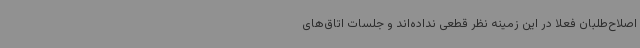
اصلاح‌طلبان فعلا در این زمینه نظر قطعی نداده‌اند و جلسات اتاق‌های